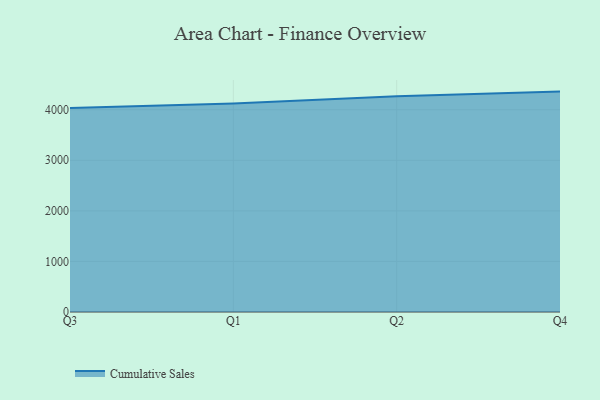
{"axis": {"x": "Quarter", "y": "Shipments"}, "legend": ["Cumulative Sales"], "data": [{"x": "Q3", "y": 4033.0, "type": "Cumulative Sales"}, {"x": "Q1", "y": 4125.2, "type": "Cumulative Sales"}, {"x": "Q2", "y": 4265.3, "type": "Cumulative Sales"}, {"x": "Q4", "y": 4358.3, "type": "Cumulative Sales"}]}